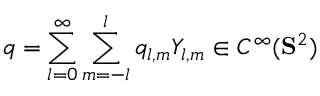
q = \sum _ { l = 0 } ^ { \infty } \sum _ { m = - l } ^ { l } q _ { l , m } Y _ { l , m } \in C ^ { \infty } ( \mathbf { S } ^ { 2 } )